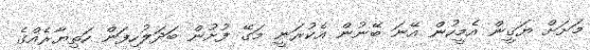
މަށަށް ޔަޤީން އެމީހުން އޭނަ ބޭނުން އެކުރަނީ މަގޭ ފުށުން ބަދަލުހިފަން ހަތިޔާރެއްގެ